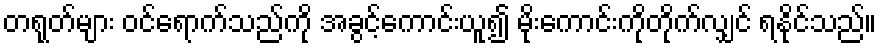
တရုတ်များ ဝင်ရောက်သည်ကို အခွင့်ကောင်းယူ၍ မိုးကောင်းကိုတိုက်လျှင် ရနိုင်သည်။